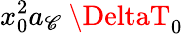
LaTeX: x_{0}^{2}a_{\mathscr{C}}\: \DeltaT_{0}